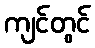
ကျင်တွင်